Leaving Certificate Examination, 1906
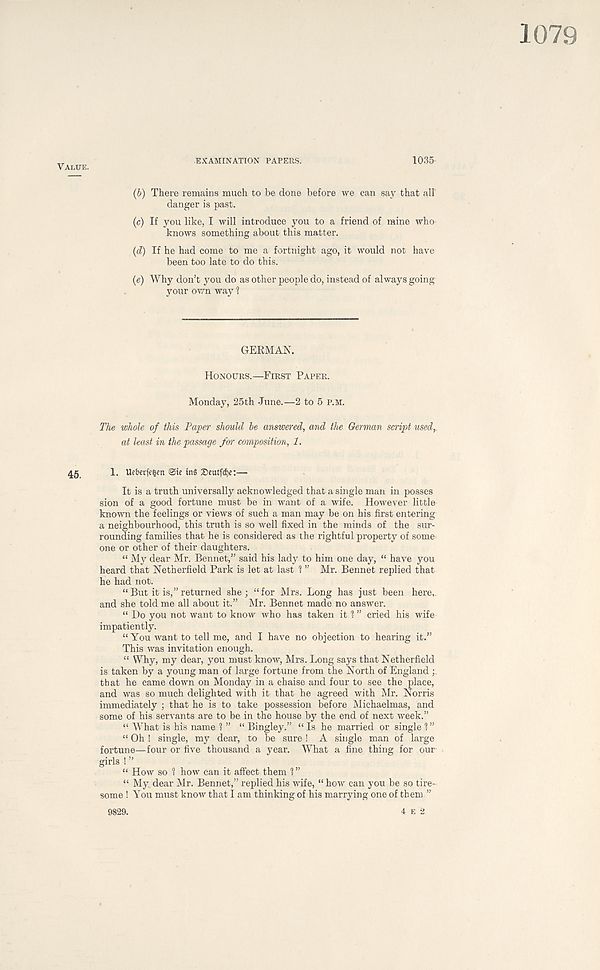
1079
EXAMINATION PAPERS.
1035
(b) There remains much to be done before we can say that all
danger is past.
(c) If you like, I will introduce you to a friend of mine who
knows something about this matter.
(d) If he had come to me a fortnight ago, it would not have
been too late to do this.
(e) Why don’t you do as other people do, instead of always going
your own way ?
GERMAN.
Honours.—First Paper.
Monday, 25th -June.—2 to 5 P.M.
The whole of this Paper should be answered, and the German script used,,
at least in the passage for composition, 1.
45
1. Ucberfe^en <3te tn§ Deutfdje:—
It is a truth universally acknowledged that a single man in posses
sion of a good fortune must be in want of a wife. However little
known the feelings or views of such a man may be on his first entering
a neighbourhood, this truth is so well fixed in the minds of the sur-
rounding families that he is considered as the rightful property of some
one or other of their daughters.
“ My dear Mr. Bennet,” said his lady to him one day, “ have you
heard that Netherfield Park is let at last ? ” Mr. Bennet replied that
he had not.
“ But it is,” returned she; “for Mrs. Long has just been here,,
and she told me all about it.” Mr. Bennet made no answer.
“ Do you not want to know who has taken it ? ” cried his wife
impatiently.
“You want to tell me, and I have no objection to hearing it.”
This was invitation enough.
“ Why, my dear, you must know, Mrs. Long says that Netherfield
is taken by a young man of large fortune from the North of England
that he came down on Monday in a chaise and four to see the place,
and was so much delighted with it that he agreed with Mr. Norris
immediately ; that he is to take possession before Michaelmas, and
some of his servants are to be in the house by the end of next week.”
“ What is his name ' J ” “ Bingley.” «Is he married or single 1”
“ Oh ! single, my dear, to be sure ! A single man of large
fortune—four or five thousand a year. What a fine thing for our
girls ! ”
“ How so 1 how can it affect them 1”
“ My. dear Mr. Bennet,” replied his wife, “how can you be so tire-
some ! You must know that I am thinking of his marrying one of them ”
4 e 2